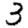
Digit: 3